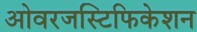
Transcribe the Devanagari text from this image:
ओवरजस्टिफिकेशन